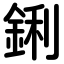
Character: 鋓